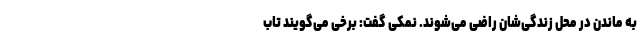
به ماندن در محل زندگی‌شان راضی می‌شوند. نمکی گفت: برخی می‌گویند تاب